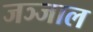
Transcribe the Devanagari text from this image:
जञ्जाल